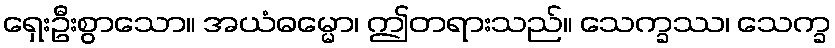
ရှေးဦးစွာသော။ အယံဓမ္မော၊ ဤတရားသည်။ သေက္ခဿ၊ သေက္ခ